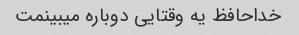
خداحافظ یه وقتایی دوباره میبینمت